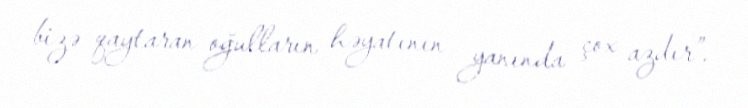
bizə qaytaran oğulların həyatının yanında çox azdır”.